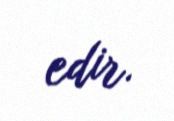
edir.